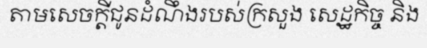
តាមសេចក្តីជូនដំណឹងរបស់ក្រសួង សេដ្ឋកិច្ច និង